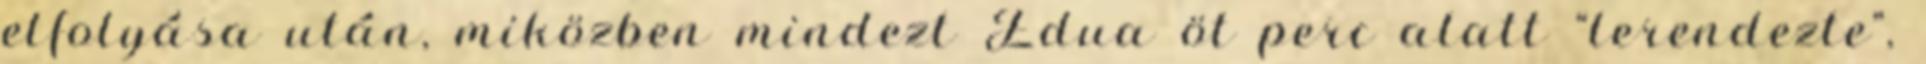
elfolyása után, miközben mindezt Edua öt perc alatt “lerendezte”,